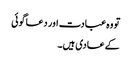
تو وہ عبادت اور دعا گوئی
کے عادی ہیں۔